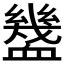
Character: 𧗓